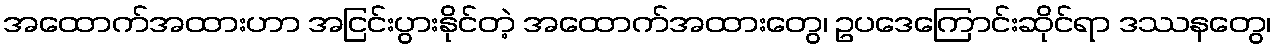
အထောက်အထားဟာ အငြင်းပွားနိုင်တဲ့ အထောက်အထားတွေ၊ ဥပဒေကြောင်းဆိုင်ရာ ဒဿနတွေ၊